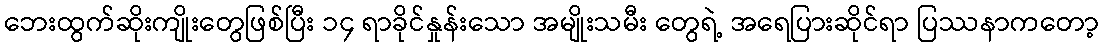
ဘေးထွက်ဆိုးကျိုးတွေဖြစ်ပြီး ၁၄ ရာခိုင်နှုန်းသော အမျိုးသမီး တွေရဲ့ အရေပြားဆိုင်ရာ ပြဿနာကတော့